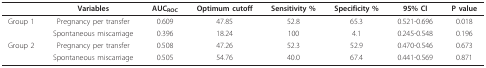
<table><thead><tr><td></td><td><b>Variables</b></td><td><b>AUC<sub>ROC</sub></b></td><td><b>Optimum cutoff</b></td><td><b>Sensitivity %</b></td><td><b>Specificity %</b></td><td><b>95% CI</b></td><td><b>P value</b></td></tr></thead><tbody><tr><td>Group 1</td><td>Pregnancy per transfer</td><td>0.609</td><td>47.85</td><td>52.8</td><td>65.3</td><td>0.521-0.696</td><td>0.018</td></tr><tr><td></td><td>Spontaneous miscarriage</td><td>0.396</td><td>18.24</td><td>100</td><td>4.1</td><td>0.245-0.548</td><td>0.196</td></tr><tr><td>Group 2</td><td>Pregnancy per transfer</td><td>0.508</td><td>47.26</td><td>52.3</td><td>52.9</td><td>0.470-0.546</td><td>0.673</td></tr><tr><td></td><td>Spontaneous miscarriage</td><td>0.505</td><td>54.76</td><td>40.0</td><td>67.4</td><td>0.441-0.569</td><td>0.871</td></tr></tbody></table>